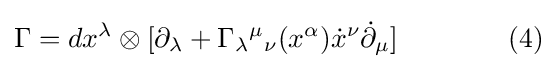
\Gamma =dx^{\lambda }\otimes [\partial _{\lambda }+\Gamma _{\lambda }{}^{\mu }{}_{\nu }(x^{\alpha }){\dot {x}}^{\nu }{\dot {\partial }}_{\mu }]\qquad \qquad (4)